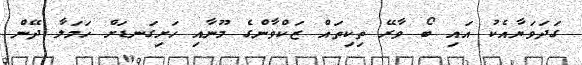
ގަދަވަޔާއެކު އައި ބޯ ވާރޭ ތިކިތައް ޒަކްވާންގެ މޫނާއި ހަށިގަނޑަށް ހަމަލާ ދޭން